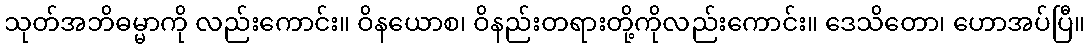
သုတ်အဘိဓမ္မာကို လည်းကောင်း။ ဝိနယောစ၊ ဝိနည်းတရားတို့ကိုလည်းကောင်း။ ဒေသိတော၊ ဟောအပ်ပြီ။